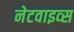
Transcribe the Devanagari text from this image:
नेटवाइव्स